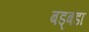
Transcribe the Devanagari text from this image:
बड्बडा